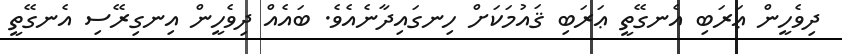
ދިވެހީން ޢަރަބި އެނގޭތީ ޢަރަބި ޤައުމަކަށް ހިނގައިދާނެއެވެ. ބައެއް ދިވެހީން އިނގިރޭސި އެނގޭތީ